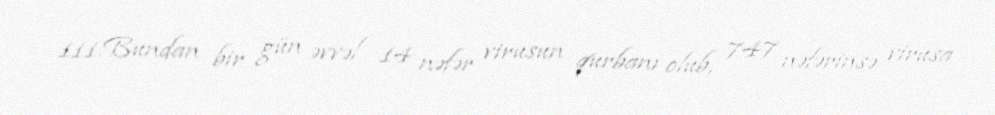
111.Bundan bir gün əvvəl 14 nəfər virusun qurbanı olub, 747 nəfərinsə virusa